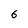
Character: 6